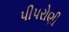
પીપરોણી